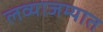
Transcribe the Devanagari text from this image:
लव्याजम्यात